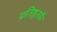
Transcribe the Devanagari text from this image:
प्रतिष्ठतर्फे